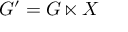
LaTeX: G ^ { \prime } = G \ltimes X